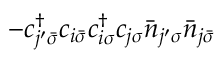
- c _ { j ^ { \prime } \bar { \sigma } } ^ { \dagger } c _ { i \bar { \sigma } } c _ { i \sigma } ^ { \dagger } c _ { j \sigma } \bar { n } _ { j ^ { \prime } \sigma } \bar { n } _ { j \bar { \sigma } }